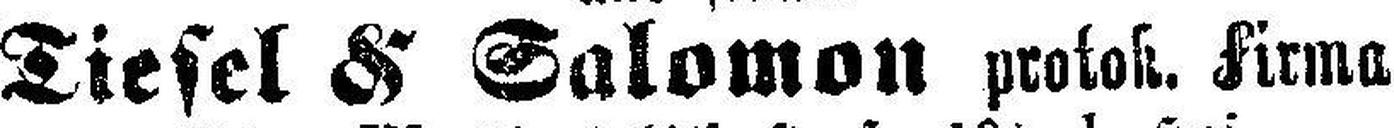
Tiesel & Salomon ptotok. Firma